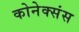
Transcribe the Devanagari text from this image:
कोनेक्संस